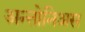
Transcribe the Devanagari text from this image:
अन्तोनिअस